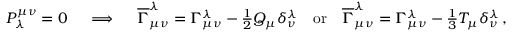
\begin{array} { r } { P ^ { \mu \nu } _ { \lambda } = 0 \quad \implies \quad \overline { { \Gamma } } _ { \mu \nu } ^ { \lambda } = \Gamma _ { \mu \nu } ^ { \lambda } - \frac { 1 } { 2 } Q _ { \mu } \delta _ { \nu } ^ { \lambda } \quad \mathrm { o r } \quad \overline { { \Gamma } } _ { \mu \nu } ^ { \lambda } = \Gamma _ { \mu \nu } ^ { \lambda } - \frac { 1 } { 3 } T _ { \mu } \delta _ { \nu } ^ { \lambda } \, , } \end{array}